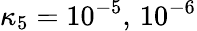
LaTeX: \kappa_{5}=10^{-5},\, 10^{-6}